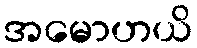
အမောဟယိ